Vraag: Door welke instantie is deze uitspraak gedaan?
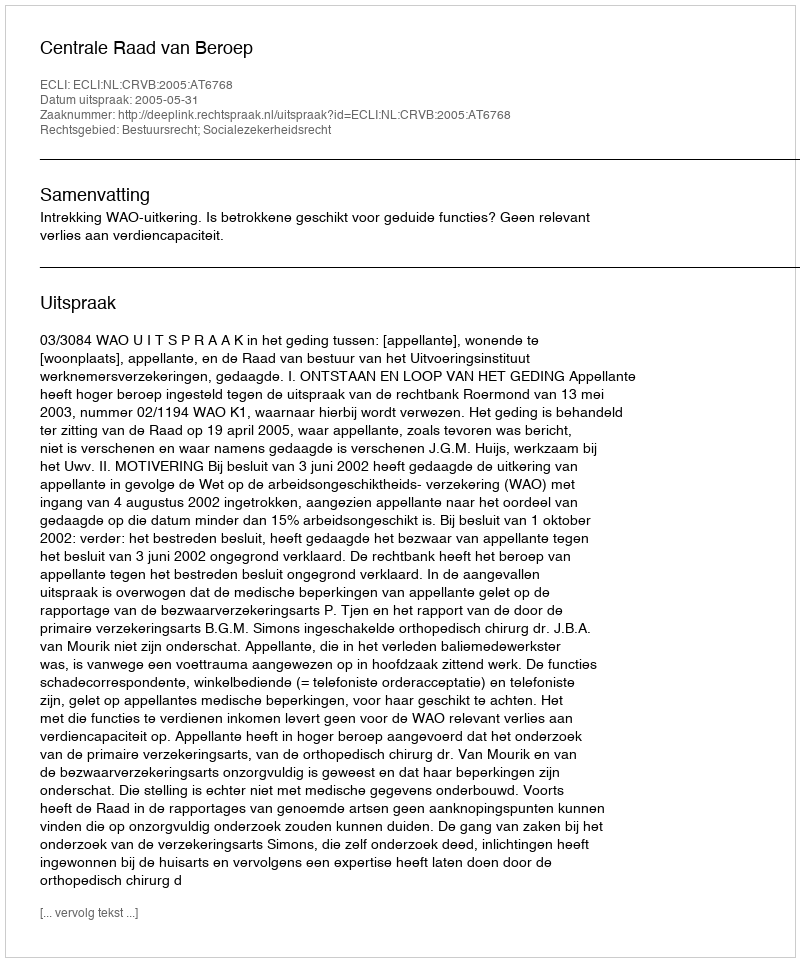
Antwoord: Centrale Raad van Beroep